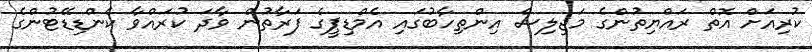
ކުރިއަށް އޮތް ރައްޔިތުންގެ މަޖިލިސް އިންތިހާބުގައި އެމްޑިޕީގެ ފަރާތުން ވާދަ ކުރައްވާ ކެންޑިޑޭޓުންގެ